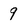
Character: 9